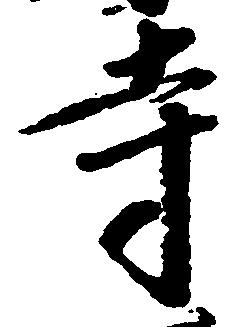
寺